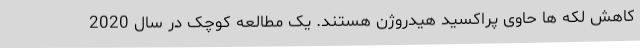
کاهش لکه ها حاوی پراکسید هیدروژن هستند. یک مطالعه کوچک در سال 2020